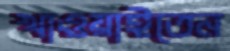
খাওয়াইতেন